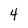
Character: 4